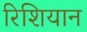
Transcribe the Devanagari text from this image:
रिशियान